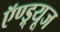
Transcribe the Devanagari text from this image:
ऍण्ड्र्यूज